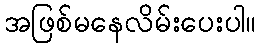
အဖြစ်မနေလိမ်းပေးပါ။